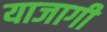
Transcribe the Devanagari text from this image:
याजागी